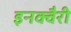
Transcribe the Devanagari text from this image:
इनक्वैरी